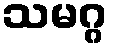
သမဂ္ဂ